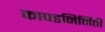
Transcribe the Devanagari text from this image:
कापडनिर्मिती